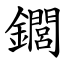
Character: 䥨